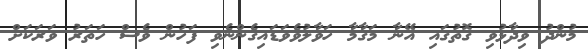
މުންދު ވިދާޅުވި ގޮތުގައި އޭނާ މަގާމާ ހަވާލުވެވަޑައިގެންނެވި ފަހުން ވެސް ހަތަރު ވަރަކަށް